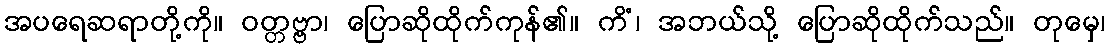
အပရေဆရာတို့ကို။ ဝတ္တဗ္ဗာ၊ ပြောဆိုထိုက်ကုန်၏။ ကိံ၊ အဘယ်သို့ ပြောဆိုထိုက်သည်။ တုမှေ၊